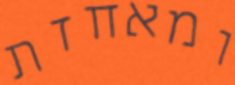
ומאחזת